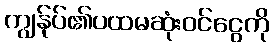
ကျွန်ုပ်၏ပထမဆုံးဝင်ငွေကို